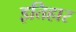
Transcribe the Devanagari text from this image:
इतिहार